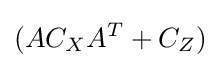
(AC_{X}A^{T}+C_{Z})